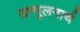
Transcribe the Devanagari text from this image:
उन्मूलनार्थ